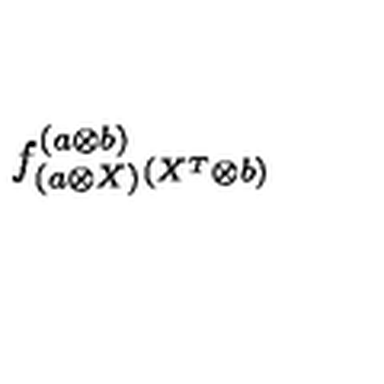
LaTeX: f _ { ( a \otimes X ) } ^ { ( a \otimes b ) } { } _ { ( X ^ { T } \otimes b ) }